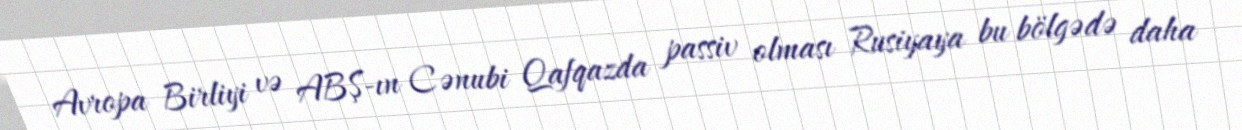
Avropa Birliyi və ABŞ-ın Cənubi Qafqazda passiv olması Rusiyaya bu bölgədə daha